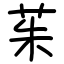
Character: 茱